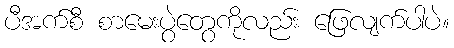
ပီအက်စီ စာမေးပွဲတွေကိုလည်း ဖြေလျက်ပါပဲ။